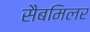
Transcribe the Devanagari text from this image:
सैबमिलर